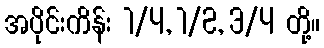
အပိုင်းကိန်း 1/4, 1/2, 3/4 တို့။